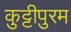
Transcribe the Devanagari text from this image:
कुट्टीपुरम